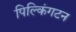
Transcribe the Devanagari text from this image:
पिल्किंगटन